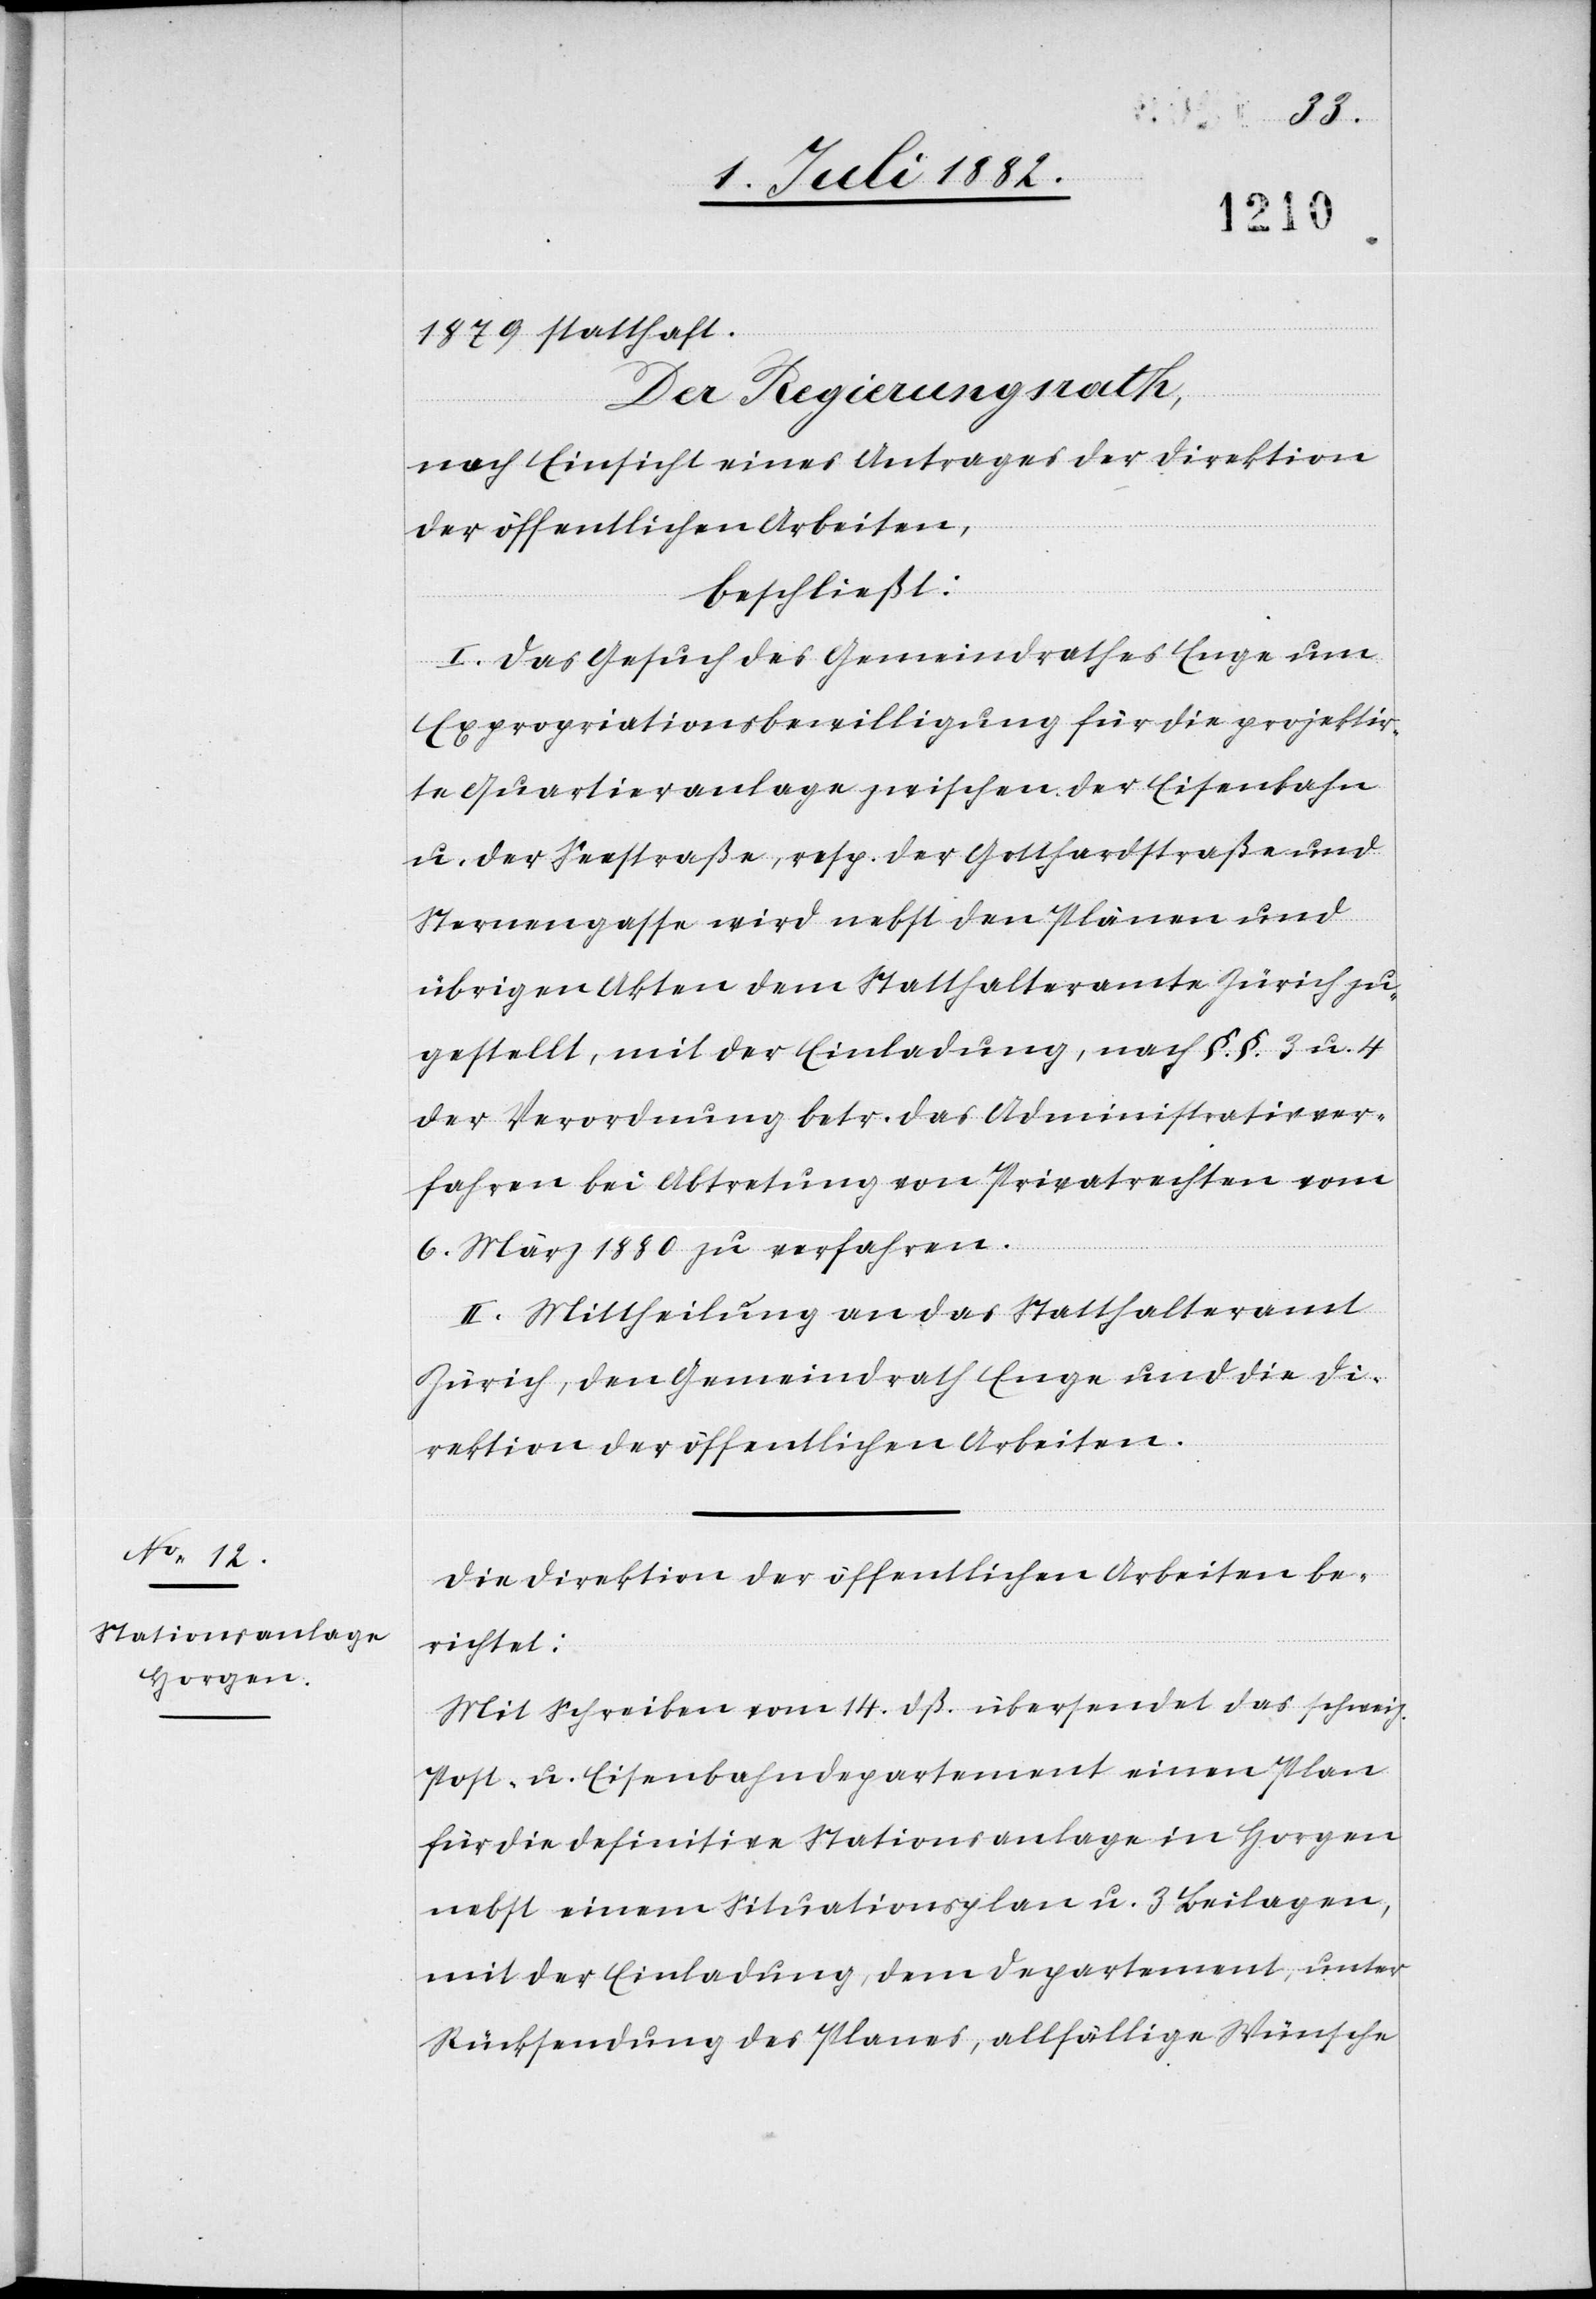
1879 statthaft.
Der Regierungsrath,
nach Einsicht eines Antrages der Direktion
der öffentlichen Arbeiten,
beschließt:
I. Das Gesuch des Gemeindrathes Enge um
Expropriationsbewilligung für die projektir¬
te Quartieranlage zwischen der Eisenbahn
u. der Seestraße, resp. der Gotthardstraße und
Sternengasse wird nebst den Plänen und
übrigen Akten dem Statthalteramte Zürich zu¬
gestellt, mit der Einladung, nach §.§. 3 u. 4
der Verordnung betr. das Administrativver¬
fahren bei Abtretung von Privatrechten vom
6. März 1880 zu verfahren.
II. Mittheilung an das Statthalteramt
Zürich, den Gemeindrath Enge und die Di¬
rektion der öffentlichen Arbeiten.
Die Direktion der öffentlichen Arbeiten be¬
richtet:
Mit Schreiben vom 14. dß. übersendet das schweiz.
Post- u. Eisenbahndepartement einen Plan
für die definitive Stationsanlage in Horgen
nebst einem Situationsplan u. 3 Beilagen,
mit der Einladung, dem Departement, unter
Rücksendung des Planes, allfällige Wünsche